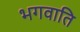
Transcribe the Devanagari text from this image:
भगवाति